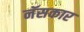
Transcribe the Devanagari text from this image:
नॅसकार